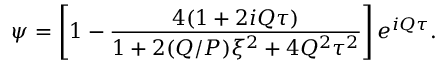
\psi = \left[ 1 - \frac { 4 ( 1 + 2 i Q \tau ) } { 1 + 2 ( Q / P ) \xi ^ { 2 } + 4 Q ^ { 2 } \tau ^ { 2 } } \right] e ^ { i Q \tau } .